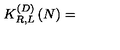
K _ { R , L } ^ { \left( D \right) } \left( N \right) =